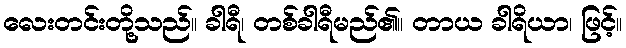
လေးတင်းတို့သည်။ ခါရီ၊ တစ်ခါရီမည်၏။ တာယ ခါရိယာ၊ ဖြင့်။